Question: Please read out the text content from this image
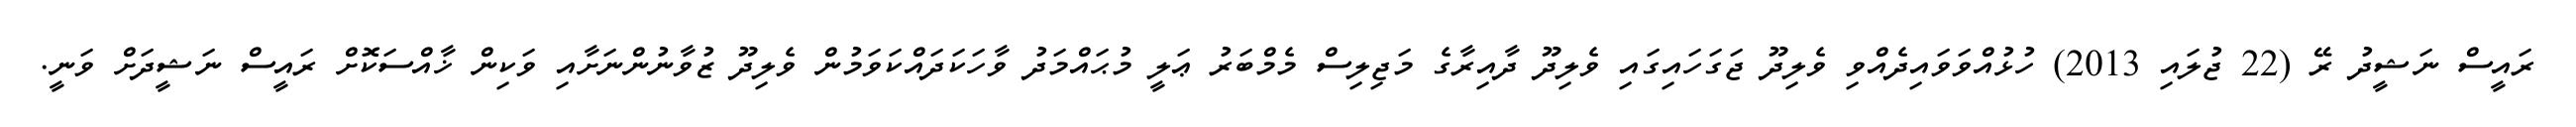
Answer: ރައީސް ނަޝީދު ރޭ (22 ޖުލައި 2013) ހުޅުއްވަވައިދެއްވި ވެލިދޫ ޖަގަހައިގައި ވެލިދޫ ދާއިރާގެ މަޖިލިސް މެމްބަރު ޢަލީ މުޙައްމަދު ވާހަކަދައްކަވަމުން ވެލިދޫ ޒުވާނުންނަށާއި ވަކިން ޚާއްސަކޮށް ރައީސް ނަޝީދަށް ވަނީ.